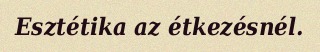
Esztétika az étkezésnél.